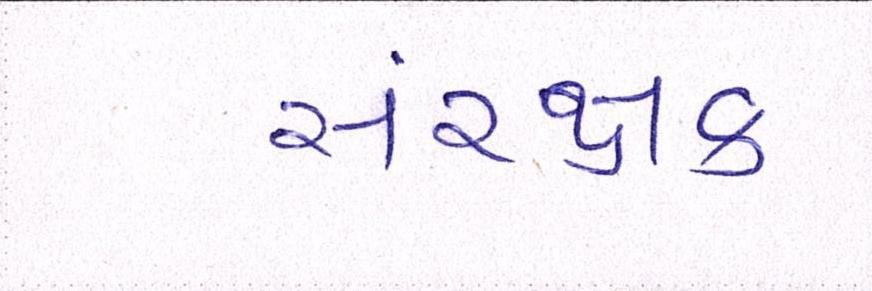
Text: સંરક્ષક